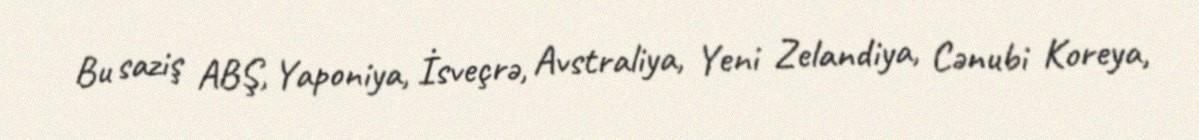
Bu saziş ABŞ, Yaponiya, İsveçrə, Avstraliya, Yeni Zelandiya, Cənubi Koreya,